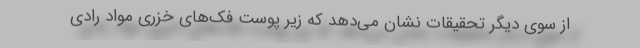
از سوی دیگر تحقیقات نشان می‌دهد که زیر پوست فک‌های خزری مواد رادی